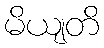
မိယျတိ